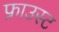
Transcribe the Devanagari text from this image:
फ्राउस्ट